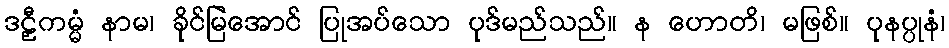
ဒဠှီကမ္မံ နာမ၊ ခိုင်မြဲအောင် ပြုအပ်သော ပုဒ်မည်သည်။ န ဟောတိ၊ မဖြစ်။ ပုနပ္ပုနံ၊